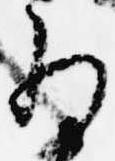
為